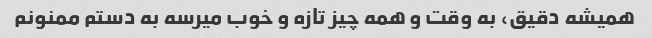
همیشه دقیق، به وقت و همه چیز تازه و خوب میرسه به دستم ممنونم